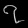
Digit: ၇